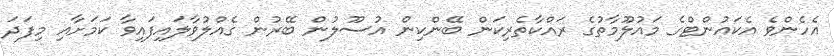
އެހެންވެ އެކައުންޓްގެ މައުލޫމާތުގެ ރައްކާތެރިކަން ބޭންކިން އުސޫލުން ބޭރުން ގެއްލުވާލައިފައިވާ ކަމަށާއި މިފަދަ